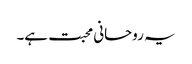
یہ روحانی محبت ہے۔